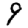
Digit: 9